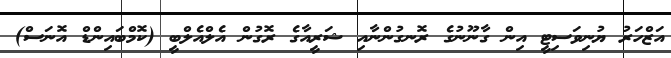
އަޒްހަރު ޔުނިވަސިޓީ އިން ގާނޫނުގެ ރޮނގުންނާއި ޝަރީއާގެ ރޮގުން އެލްއެލްބީ (ކޮމްބައިންޑް އޮނަސް)